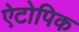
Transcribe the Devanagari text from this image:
ऐटोपिक